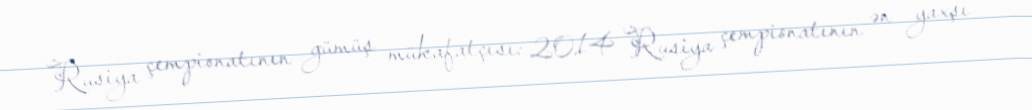
Rusiya çempionatının gümüş mükafatçısı: 2014 Rusiya çempionatının ən yaxşı